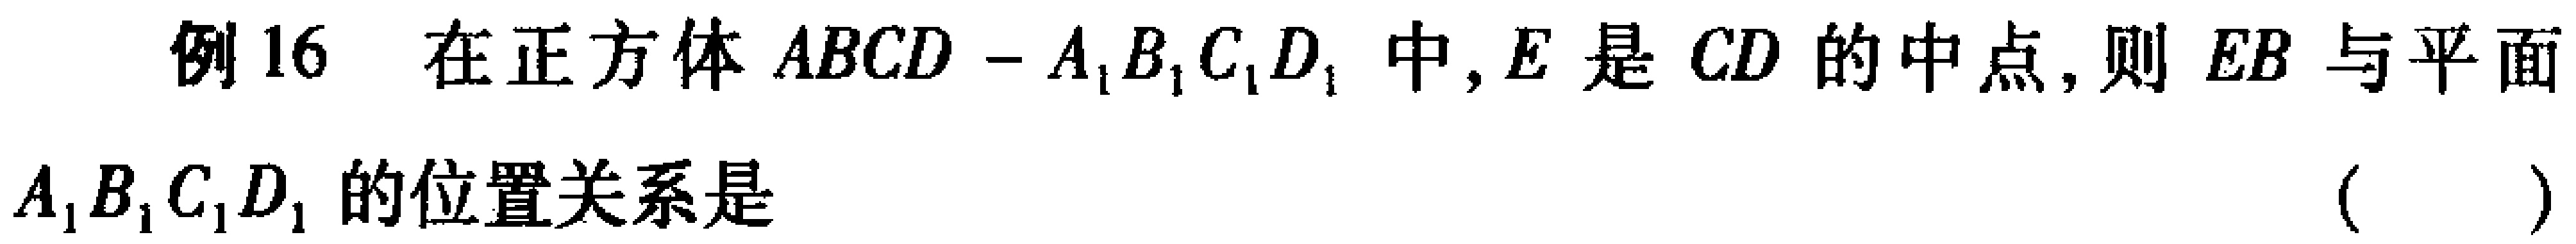
例16 在正方体\(ABCD - A_{1}B_{1}C_{1}D_{1}\)中, \(E\)是\(CD\)的中点, 则 \(EB\)与平面\(A_{1}B_{1}C_{1}D_{1}\)的位置关系是 （  ）